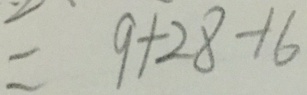
= 9 + 2 8 - 1 6